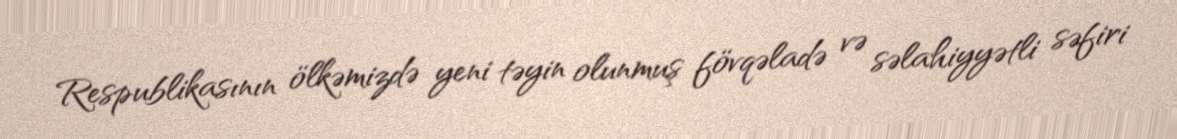
Respublikasının ölkəmizdə yeni təyin olunmuş fövqəladə və səlahiyyətli səfiri